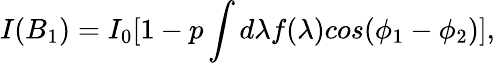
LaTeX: I(B_{1})=I_{0}[1-p\int d\lambda f(\lambda)cos(\phi_{1}-\phi_{2})],